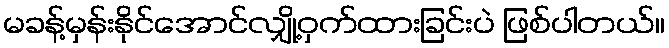
မခန့်မှန်းနိုင်အောင်လျှို့ဝှက်ထားခြင်းပဲ ဖြစ်ပါတယ်။